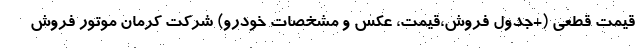
قیمت قطعی (+جدول فروش،قیمت، عکس و مشخصات خودرو) شرکت کرمان موتور فروش